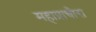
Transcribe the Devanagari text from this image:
महाप्राचीरा